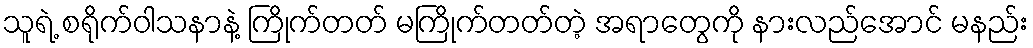
သူရဲ့ စရိုက်ဝါသနာနဲ့ ကြိုက်တတ် မကြိုက်တတ်တဲ့ အရာတွေကို နားလည်အောင် မနည်း